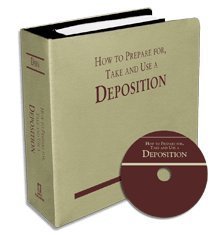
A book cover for How to Prepare For, Take and Use a Deposition; Daniel P. Dain; Law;